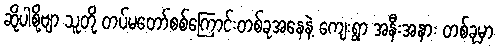
ဆိုပါစို့ဗျာ သူတို့ တပ်မတော်စစ်ကြောင်းတစ်ခုအနေနဲ့ ကျေးရွာ အနီးအနား တစ်ခုမှာ